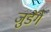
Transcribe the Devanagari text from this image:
जुडेंगे